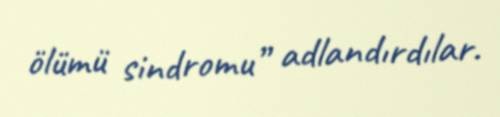
ölümü sindromu” adlandırdılar.